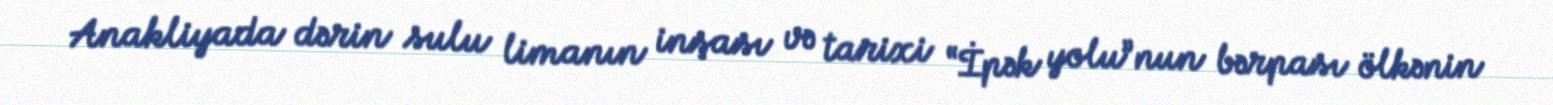
Anakliyada dərin sulu limanın inşası və tarixi “İpək yolu”nun bərpası ölkənin